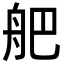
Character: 舥